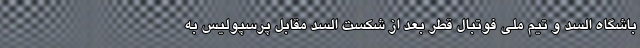
باشگاه السد و تیم ملی فوتبال قطر بعد از شکست السد مقابل پرسپولیس به